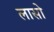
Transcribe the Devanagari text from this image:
लासो